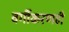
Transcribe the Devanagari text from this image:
वर्गीकरणही